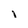
Character: I